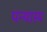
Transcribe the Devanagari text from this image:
पन्थास्य